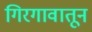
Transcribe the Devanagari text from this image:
गिरगावातून